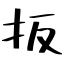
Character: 扳